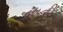
નાની